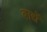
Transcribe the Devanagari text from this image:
बाद्यें